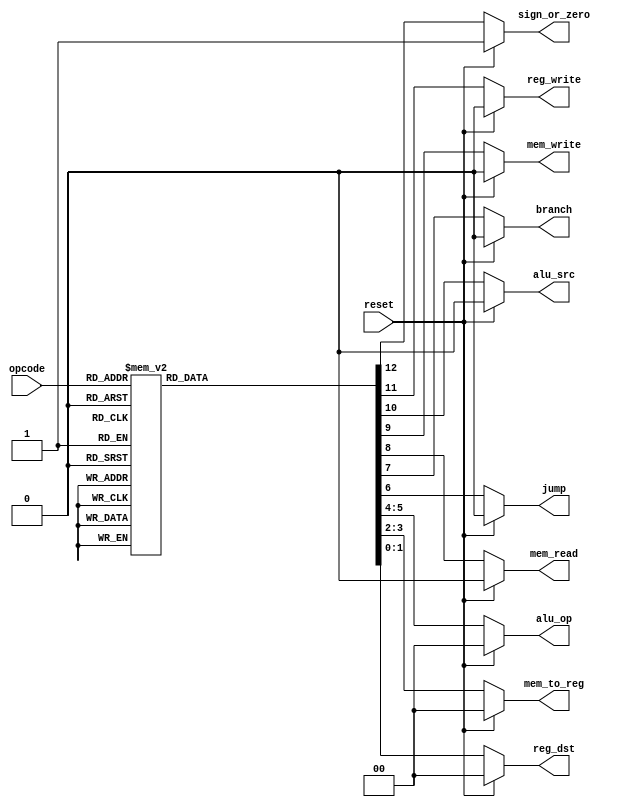
module control( input[2:0] opcode,  
                           input reset,  
                           output reg[1:0] reg_dst,mem_to_reg,alu_op,  
                           output reg jump,branch,mem_read,mem_write,alu_src,reg_write,sign_or_zero                      
   );  
 always @(*)  
 begin  
      if(reset == 1'b1) begin  
                reg_dst = 2'b00;  
                mem_to_reg = 2'b00;  
                alu_op = 2'b00;  
                jump = 1'b0;  
                branch = 1'b0;  
                mem_read = 1'b0;  
                mem_write = 1'b0;  
                alu_src = 1'b0;  
                reg_write = 1'b0;  
                sign_or_zero = 1'b1;  
      end  
      else begin  
      case(opcode)   
      3'b000: begin // add  
                reg_dst = 2'b01;  
                mem_to_reg = 2'b00;  
                alu_op = 2'b00;  
                jump = 1'b0;  
                branch = 1'b0;  
                mem_read = 1'b0;  
                mem_write = 1'b0;  
                alu_src = 1'b0;  
                reg_write = 1'b1;  
                sign_or_zero = 1'b1;  
                end  
      3'b001: begin // sli  
                reg_dst = 2'b00;  
                mem_to_reg = 2'b00;  
                alu_op = 2'b10;  
                jump = 1'b0;  
                branch = 1'b0;  
                mem_read = 1'b0;  
                mem_write = 1'b0;  
                alu_src = 1'b1;  
                reg_write = 1'b1;  
                sign_or_zero = 1'b0;  
                end  
      3'b010: begin // j  
                reg_dst = 2'b00;  
                mem_to_reg = 2'b00;  
                alu_op = 2'b00;  
                jump = 1'b1;  
                branch = 1'b0;  
                mem_read = 1'b0;  
                mem_write = 1'b0;  
                alu_src = 1'b0;  
                reg_write = 1'b0;  
                sign_or_zero = 1'b1;  
                end  
      3'b011: begin // jal  
                reg_dst = 2'b10;  
                mem_to_reg = 2'b10;  
                alu_op = 2'b00;  
                jump = 1'b1;  
                branch = 1'b0;  
                mem_read = 1'b0;  
                mem_write = 1'b0;  
                alu_src = 1'b0;  
                reg_write = 1'b1;  
                sign_or_zero = 1'b1;  
                end  
      3'b100: begin // lw  
                reg_dst = 2'b00;  
                mem_to_reg = 2'b01;  
                alu_op = 2'b11;  
                jump = 1'b0;  
                branch = 1'b0;  
                mem_read = 1'b1;  
                mem_write = 1'b0;  
                alu_src = 1'b1;  
                reg_write = 1'b1;  
                sign_or_zero = 1'b1;  
                end  
      3'b101: begin // sw  
                reg_dst = 2'b00;  
                mem_to_reg = 2'b00;  
                alu_op = 2'b11;  
                jump = 1'b0;  
                branch = 1'b0;  
                mem_read = 1'b0;  
                mem_write = 1'b1;  
                alu_src = 1'b1;  
                reg_write = 1'b0;  
                sign_or_zero = 1'b1;  
                end  
      3'b110: begin // beq  
                reg_dst = 2'b00;  
                mem_to_reg = 2'b00;  
                alu_op = 2'b01;  
                jump = 1'b0;  
                branch = 1'b1;  
                mem_read = 1'b0;  
                mem_write = 1'b0;  
                alu_src = 1'b0;  
                reg_write = 1'b0;  
                sign_or_zero = 1'b1;  
                end  
      3'b111: begin // addi  
                reg_dst = 2'b00;  
                mem_to_reg = 2'b00;  
                alu_op = 2'b11;  
                jump = 1'b0;  
                branch = 1'b0;  
                mem_read = 1'b0;  
                mem_write = 1'b0;  
                alu_src = 1'b1;  
                reg_write = 1'b1;  
                sign_or_zero = 1'b1;  
                end  
      default: begin  
                reg_dst = 2'b01;  
                mem_to_reg = 2'b00;  
                alu_op = 2'b00;  
                jump = 1'b0;  
                branch = 1'b0;  
                mem_read = 1'b0;  
                mem_write = 1'b0;  
                alu_src = 1'b0;  
                reg_write = 1'b1;  
                sign_or_zero = 1'b1;  
                end  
      endcase  
      end  
 end  
 endmodule